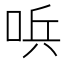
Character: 𠴇